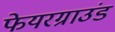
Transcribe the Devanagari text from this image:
फेयरग्राउंड